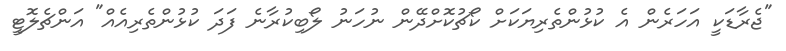
"ޖެރާޑަކީ އަހަރެން އެ ކުޅުންތެރިޔަކަށް ކޯޗުކޮށްދޭން ނުހަނު ލޯބިކުރާނެ ފަދަ ކުޅުންތެރިއެއް" އަންޗެލޮޓީ